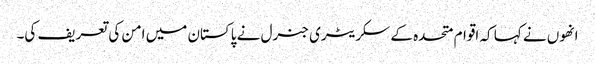
انھوں نے کہا کہ اقوام متحدہ کے سکریٹری جنرل نے پاکستان میں امن کی تعریف کی۔